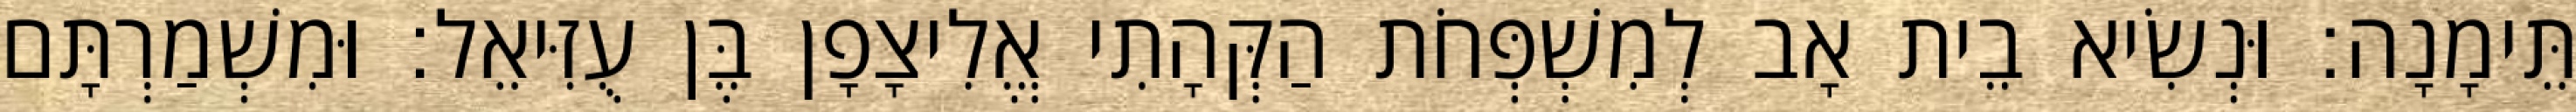
תֵּימָנָה׃ וּנְשִׂיא בֵית אָב לְמִשְׁפְּחֹת הַקְּהָתִי אֱלִיצָפָן בֶּן עֻזִּיאֵל׃ וּמִשְׁמַרְתָּם